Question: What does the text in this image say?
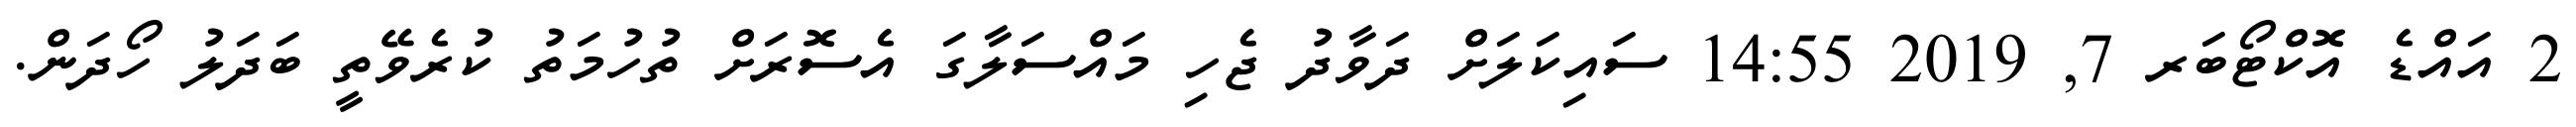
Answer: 2 އައްޑެ އޮކްޓޯބަރ 7, 2019 14:55 ސައިކަލަށް ދަވާދު ޖެހި މައްސަލާގަ އެސޮރަށް ތުހުމަތު ކުރެވޭތީ ބަދަލު ހޯދަން.